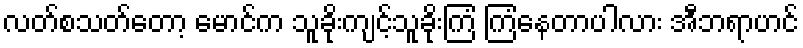
လတ်စသတ်တော့ မောင်က သူခိုးကျင့်သူခိုးကြံ ကြံနေတာပါလား အီဘရာဟင်